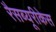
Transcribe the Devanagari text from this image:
रैसब्यूरीकेस